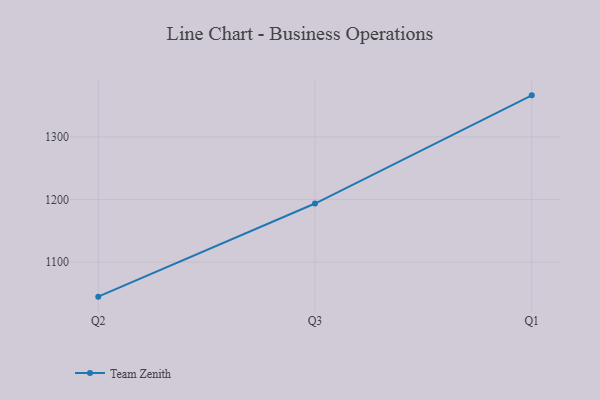
{"axis": {"x": "Quarter", "y": "Conversion Rate (%)"}, "legend": ["Team Zenith"], "data": [{"x": "Q2", "y": 1044.9, "type": "Team Zenith"}, {"x": "Q3", "y": 1193.6, "type": "Team Zenith"}, {"x": "Q1", "y": 1366.3, "type": "Team Zenith"}]}